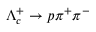
\Lambda _ { c } ^ { + } \to p \pi ^ { + } \pi ^ { - }